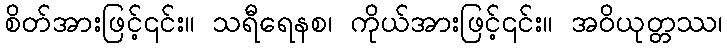
စိတ်အားဖြင့်၎င်း။ သရီရေနစ၊ ကိုယ်အားဖြင့်၎င်း။ အဝိယုတ္တဿ၊